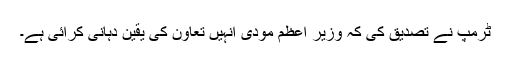
ٹرمپ نے تصدیق کی کہ وزیر اعظم مودی انہیں تعاون کی یقین دہانی کرائی ہے۔